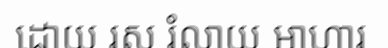
ដោយ រស រំលាយ អាហារ